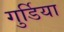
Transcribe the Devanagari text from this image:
गुर्डिया